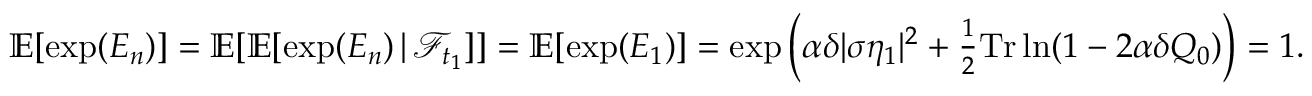
\begin{array} { r } { \mathbb { E } [ \exp ( E _ { n } ) ] = \mathbb { E } [ \mathbb { E } [ \exp ( E _ { n } ) \, | \, \mathcal { F } _ { t _ { 1 } } ] ] = \mathbb { E } [ \exp ( E _ { 1 } ) ] = \exp \left( \alpha \delta | \sigma \eta _ { 1 } | ^ { 2 } + \frac { 1 } { 2 } \mathrm { T r } \ln ( 1 - 2 \alpha \delta Q _ { 0 } ) \right) = 1 . } \end{array}